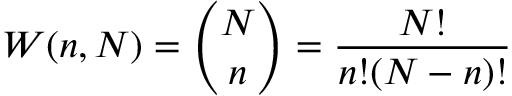
W ( n , N ) = { \binom { N } { n } } = { \frac { N ! } { n ! ( N - n ) ! } }